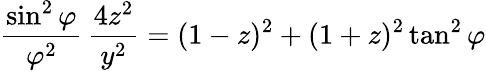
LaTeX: {\frac{\sin^{2}\varphi}{\varphi^{2}}}\, {\frac{4z^{2}}{y^{2}}}=(1-z)^{2}+(1+z)^{2}\tan^{2}\varphi